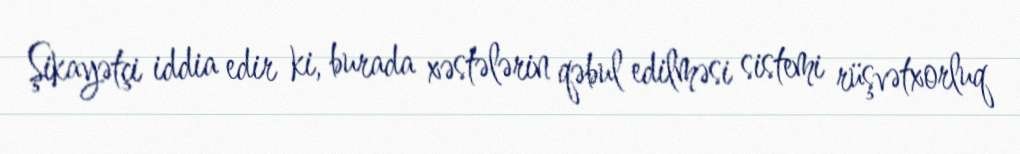
Şikayətçi iddia edir ki, burada xəstələrin qəbul edilməsi sistemi rüşvətxorluq